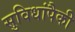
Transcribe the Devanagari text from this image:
सुविधांपैकी